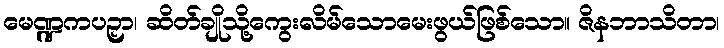
မေဏ္ဍကပဉှာ၊ ဆိတ်ချိုသို့ကွေးလိမ်သောမေးဖွယ်ဖြစ်သော။ ဇိနဘာသိတာ၊